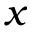
x